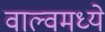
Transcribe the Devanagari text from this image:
वाल्वमध्ये